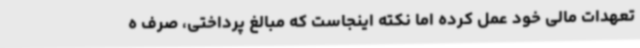
تعهدات مالی خود عمل کرده اما نکته اینجاست که مبالغ پرداختی، صرف ه